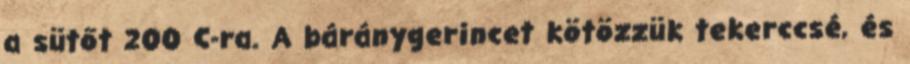
a sütőt 200 C-ra. A báránygerincet kötözzük tekerccsé, és